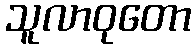
သူလာဝုတော